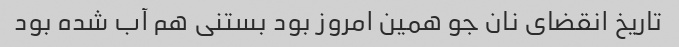
تاریخ انقضای نان جو همین امروز بود بستنی هم آب شده بود